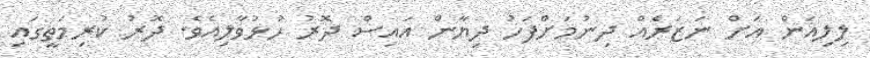
ލިލިއަން އަށް ނަަޒަރެއް ދިނުމަށްފަހު ދިޔާން އައިސް ދޮރު ހުޅުވާލިއެވެ. ދޮރު ކުރިމަތީގައި